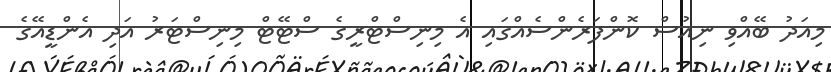
މިއަދު ބޭއްވި ނިއުސް ކޮންފަރެންސެއްގައި އެ މިނިސްޓްރީގެ ސްޓޭޓް މިނިސްޓަރު އަދި އެންޑީއޭގެ